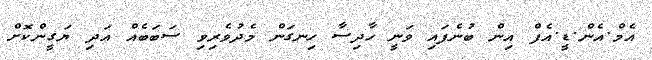
އެމް.އެން.ޑީ.އެފް އިން ބުނެފައި ވަނީ ހާދިސާ ހިނގަން މެދުވެރިވި ސަބަބެއް އަދި ޔަގީންކޮށް